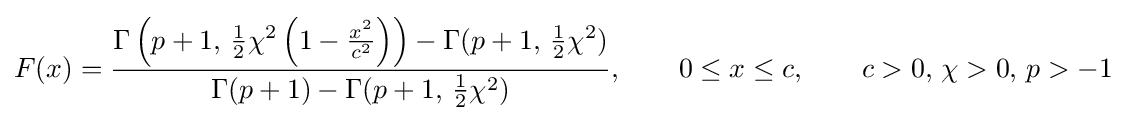
F(x)={\frac {\Gamma \left(p+1,\,{\tfrac {1}{2}}\chi ^{2}\left(1-{\frac {x^{2}}{c^{2}}}\right)\right)-\Gamma (p+1,\,{\tfrac {1}{2}}\chi ^{2})}{\Gamma (p+1)-\Gamma (p+1,\,{\tfrac {1}{2}}\chi ^{2})}},\qquad 0\leq x\leq c,\qquad c>0,\,\chi >0,\,p>-1